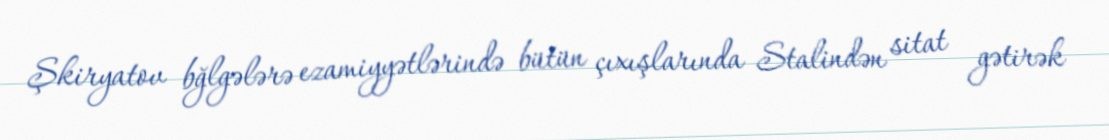
Şkiryatov bğlgələrə ezamiyyətlərində bütün çıxışlarında Stalindən sitat gətirək